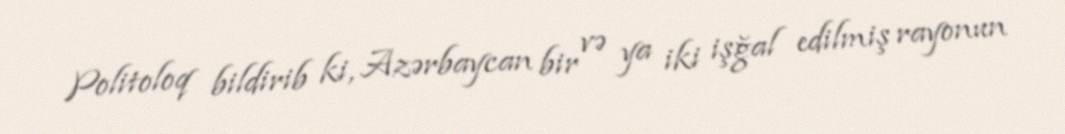
Politoloq bildirib ki, Azərbaycan bir və ya iki işğal edilmiş rayonun